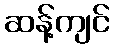
ဆန့်ကျင်